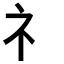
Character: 礻